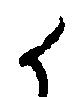
候